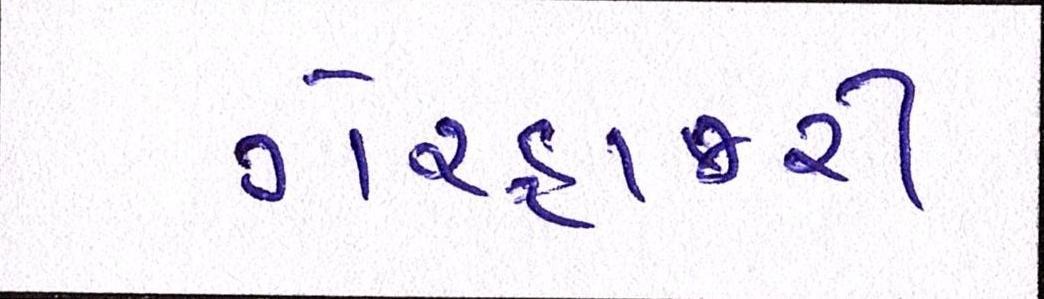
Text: ગેરહાજરી